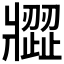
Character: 𤖗